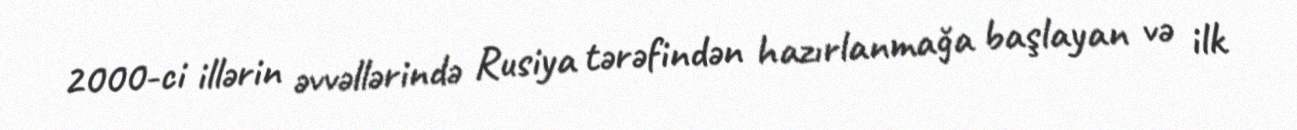
2000-ci illərin əvvəllərində Rusiya tərəfindən hazırlanmağa başlayan və ilk